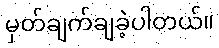
မှတ်ချက်ချခဲ့ပါတယ်။